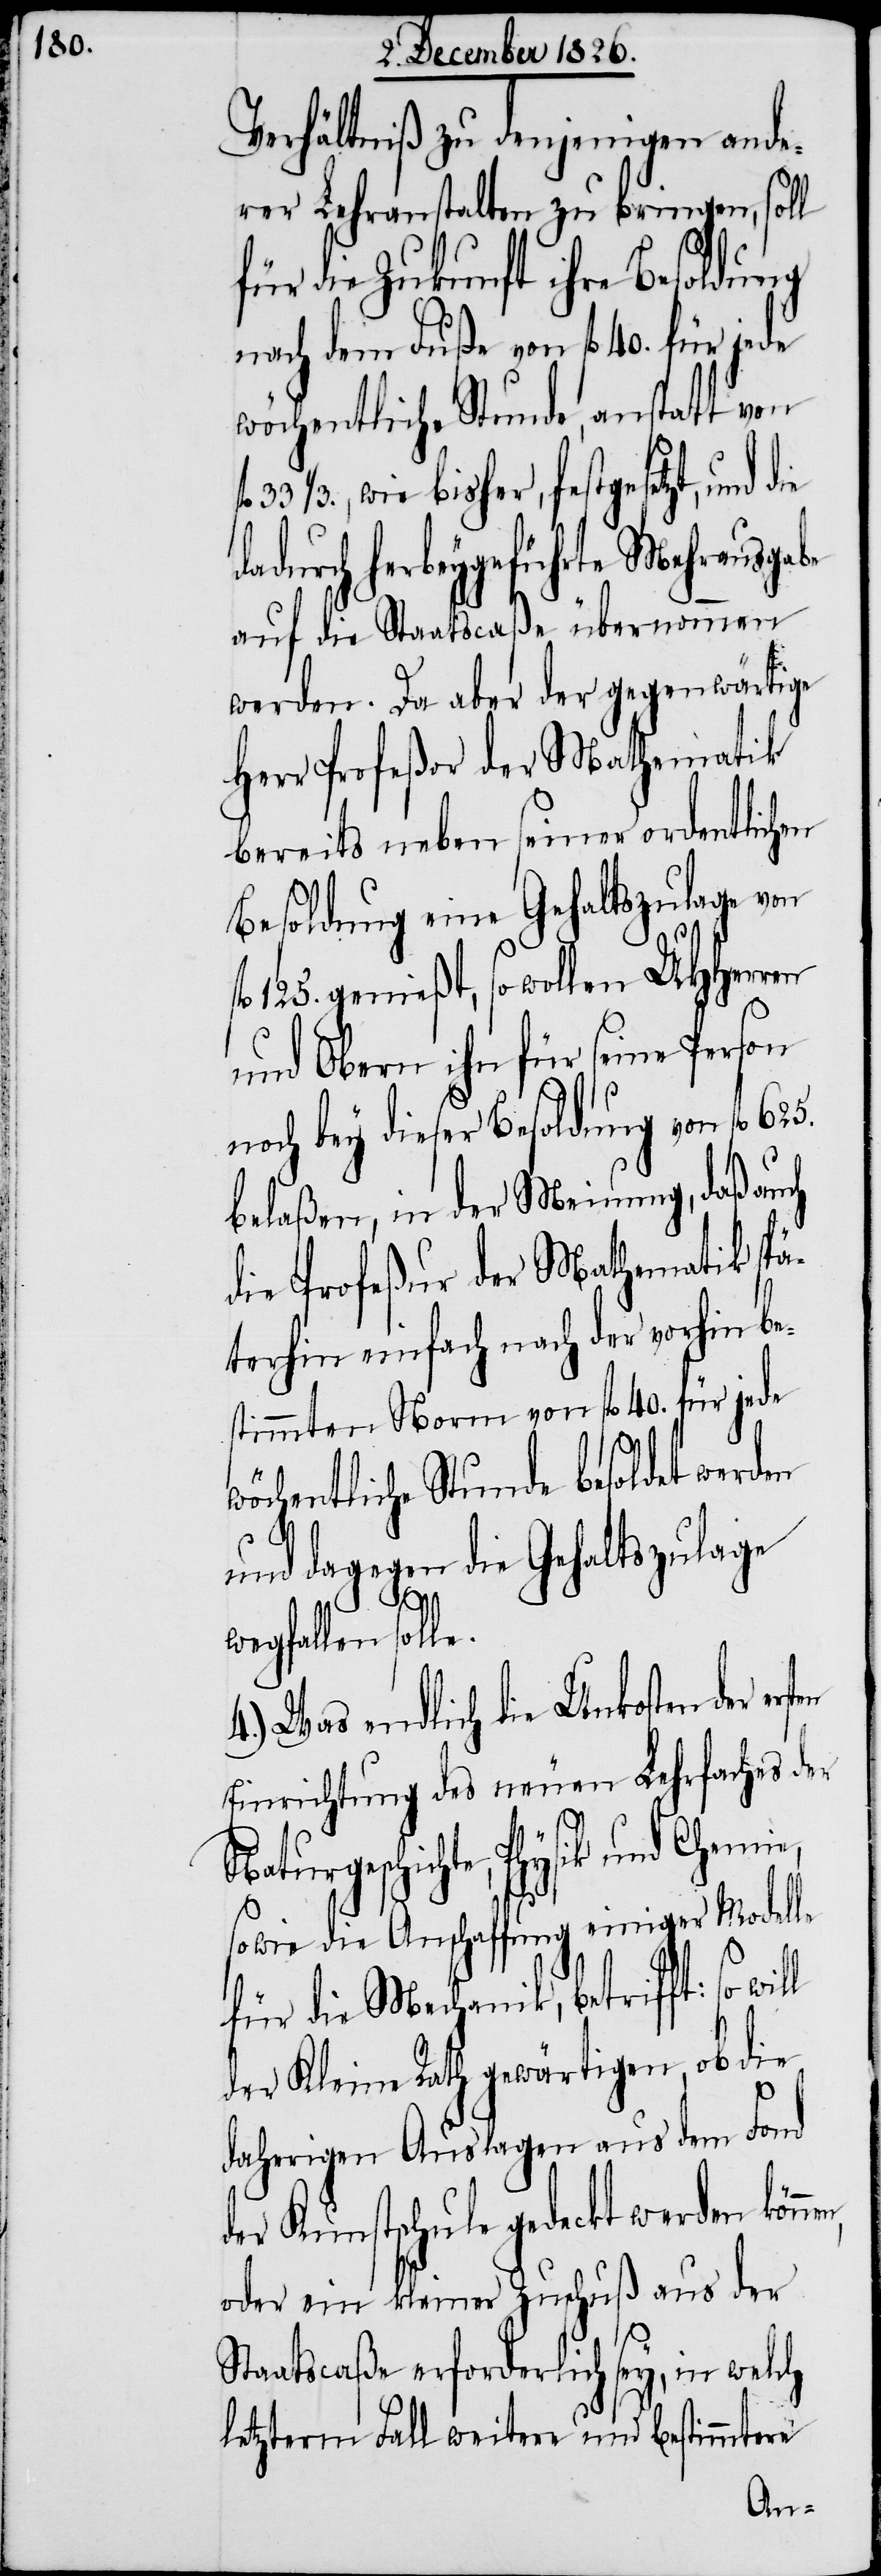
Verhältniß zu denjenigen ande¬
rer Lehranstalten zu bringen, soll
für die Zukunft ihre Besoldung
nach dem Fuße von fl. 40. für jede
wöchentliche Stunde, anstatt von
1/3., wie bisher, festgesetzt, und
dadurch herbeygeführte Mehrausgabe
auf die Staatscaßa übernommen
werden. Da aber der gegenwärtige
Herr Profeßor der Mathematik
bereits neben seiner ordentlichen
Besoldung eine Gehaltszulage von
genießt, so wollen UHHerren
und Obern ihn für seine Person
noch bey dieser Besoldung von fl.
belaßen, in der Meinung, daß auch
die Profeßur der Mathematik spä¬
terhin einfach nach der vorhin be¬
stimmten Norm von fl. 40. für jede
wöchentliche Stunde besoldet werden
und dagegen die Gehaltszulage
en,
wegfallen solle.
4.) Was endlich die Unkosten der ers¬
Einrichtung des neuen Lehrfaches der
Naturgeschichte, Physik und Chemie,
sowie die Anschaffung einiger Modelle
für die Mechanik, betrifft: so
der Kleine Rath gewärtigen, ob die
daherigen Auslagen aus dem Fond
der Kunstschule bedeckt werden könn¬
oder ein kleiner Zuschuß aus der
Staatscaße erforderlich sey, in welch
letzterm Fall weitere und bestimmtere